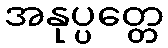
အနုပ္ပတ္တေ